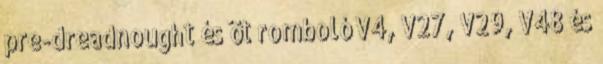
pre-dreadnought és öt romboló V4, V27, V29, V48 és